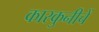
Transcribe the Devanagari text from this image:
कारकुनीचें